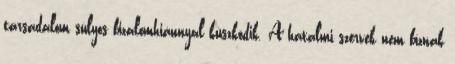
társadalom súlyos bizalomhiánnyal küszködik. A hatalmi szervek nem bíznak